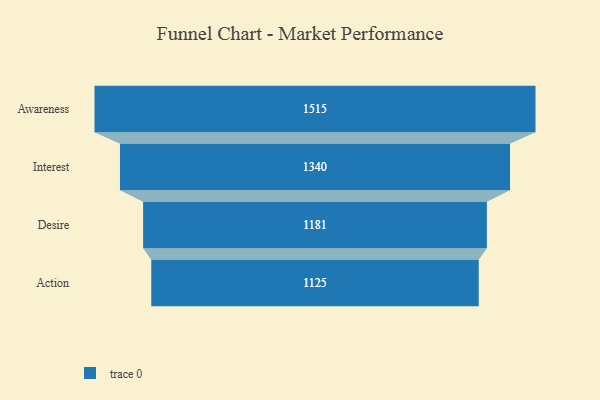
{"axis": {"x": "Stage", "y": "Value"}, "legend": [""], "data": [{"x": "Awareness", "y": 1515.0, "type": ""}, {"x": "Interest", "y": 1340.0, "type": ""}, {"x": "Desire", "y": 1181.0, "type": ""}, {"x": "Action", "y": 1125.0, "type": ""}]}